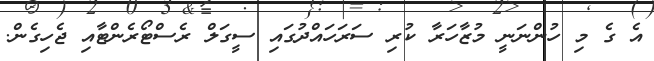
އެ ގެ މި ހުންނަނީ މުޒާހަރާ ކުރި ސަރަހައްދުގައި ސީގަލް ރެސްޓޯރެންޓާއި ޖެހިގެން.